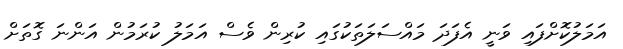
އަމަލުކޮށްފައި ވަނީ އެފަދަ މައްސަލަތަކުގައި ކުރިން ވެސް އަމަލު ކުރަމުން އަންނަ ގޮތަށް